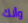
وأنك